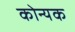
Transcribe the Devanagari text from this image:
कोन्यक